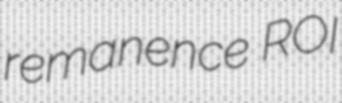
remanence ROI